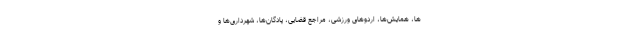
ها، همایش‌ها، اردوهای ورزشی، مراجع قضایی، پادگان‌ها، شهرداری‌ها و